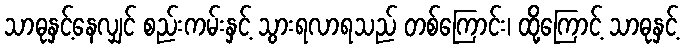
သာဓုနှင့်နေလျှင် စည်းကမ်းနှင့် သွားရလာရသည် တစ်ကြောင်း၊ ထို့ကြောင့် သာဓုနှင့်